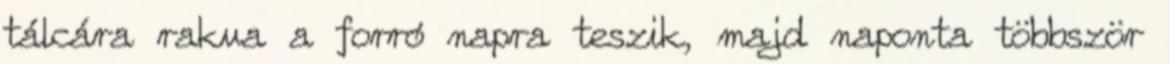
tálcára rakva a forró napra teszik, majd naponta többször